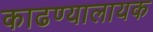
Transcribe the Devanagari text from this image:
काढण्यालायक